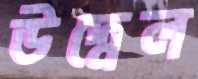
উদ্বেল